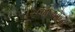
પૂરજાઓના